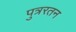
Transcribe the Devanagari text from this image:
पुत्ररतन